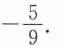
- \frac { 5 } { 9 }$$ .